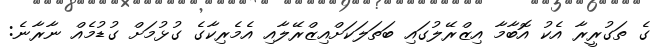
ގެ ތަގުރީރާ އެކު އޮބާމާ އިޒްރޭލުގައި ބަތަލަކަށްއިޒްރޭލާއި އެމެރިކާގެ ގުޅުމަށް ގުޑުމެއް ނާރާނެ: